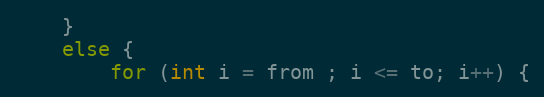
Language: Java
	}
	else {
		for (int i = from ; i <= to; i++) {